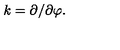
k = \partial / \partial \varphi .